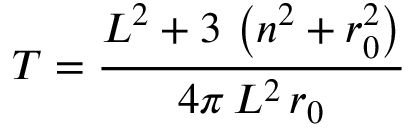
T = \frac { L ^ { 2 } + 3 \, \left( n ^ { 2 } + r _ { 0 } ^ { 2 } \right) } { 4 \pi \, L ^ { 2 } \, r _ { 0 } }